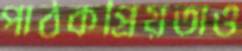
পাঠকপ্রিয়তাও